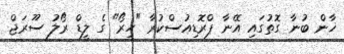
ޚާން ބުނާ ގޮތުގައި އޭނާ ޕްރޮޑިއުސްކުރާ "ހީރޯ" ގެ ލީޑް ރޯލު ސޫރަޖް